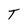
Character: T